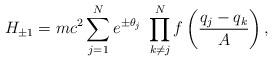
LaTeX: \begin{align*}H_{\pm1} = mc^2\sum_{j=1}^N e^{\pm \theta_j}\ \prod^N_{k\not= j}f\left(\frac{q_j-q_k}{A}\right),\end{align*}